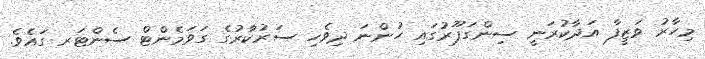
މިހާރު ވަޒީފާ އަދާކުރަނީ ސިންގަޕޫރުގައި ހުންނަ ދިވެހި ސަރުކާރުގެ ގަވަމެންޓް ސެންޓަރ ގައެވެ.